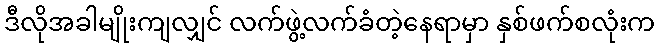
ဒီလိုအခါမျိုးကျလျှင် လက်ဖွဲ့လက်ခံတဲ့နေရာမှာ နှစ်ဖက်စလုံးက